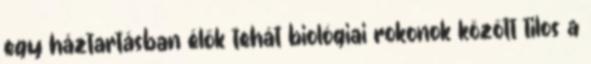
egy háztartásban élők tehát biológiai rokonok között tilos a